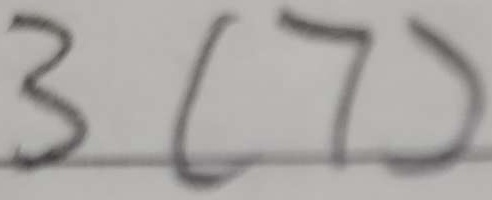
3 ( 7 )